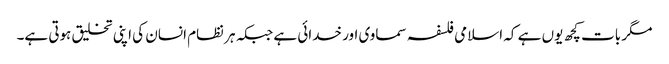
مگر بات کچھ یوں ہے کہ اسلامی فلسفہ سماوی اور خدائی ہے جبکہ ہر نظام انسان کی اپنی تخلیق ہوتی ہے۔